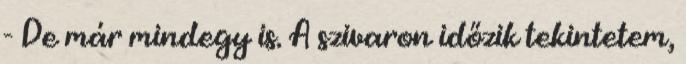
- De már mindegy is. A szivaron időzik tekintetem,